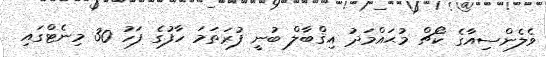
ވެލެންސިއާގެ ކޯޗް މުޙައްމަދު އިޤްބާލް ބުނީ ފުރަތަމަ ހާފުގެ ފަހު 30 މިނެޓްގައި